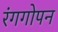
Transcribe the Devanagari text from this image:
रंगगोपन